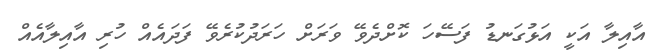
އާއިލާ އަކީ އަޅުގަނޑު ފަސޭހަ ކޮށްދެވޭ ވަރަށް ހަރަދުކުރެވޭ ފަދައެއް ހުރި އާއިލާއެއް